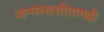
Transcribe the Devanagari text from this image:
जन्मस्थसीतामढ़ी